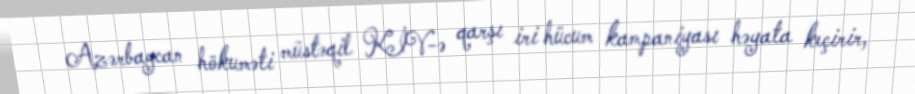
Azərbaycan hökuməti müstəqil KİV-ə qarşı iri hücum kampaniyası həyata keçirir,